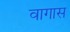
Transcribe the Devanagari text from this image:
वागास